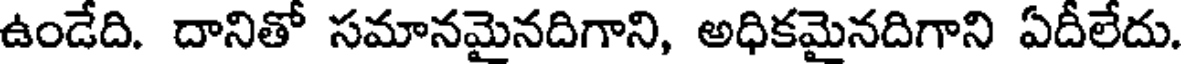
ఉండేది. దానితో సమానమైనదిగాని, అధికమైనదిగాని ఏదీలేదు.